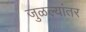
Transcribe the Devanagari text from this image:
जुळल्यांतर